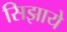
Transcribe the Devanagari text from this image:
सिझाये